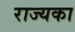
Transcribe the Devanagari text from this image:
राज्यका